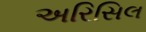
અરિસિલ